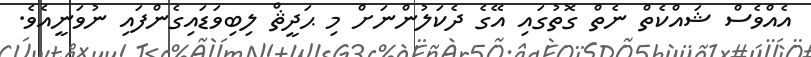
އެއްވެސް ޝައްކެތް ނެތް ގޮތުގައި އޭގެ ދެކަލުންނަށް މި ޙަދީޘް ލިބިވަޑައިގެންފައި ނުވަނީއެވެ.